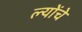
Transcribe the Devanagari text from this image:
ल्योंचे